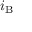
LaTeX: i _ { \mathrm { B } }